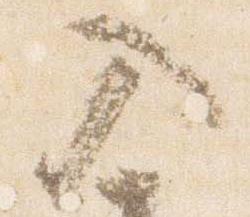
入